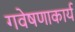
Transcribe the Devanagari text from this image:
गवेषणाकार्य